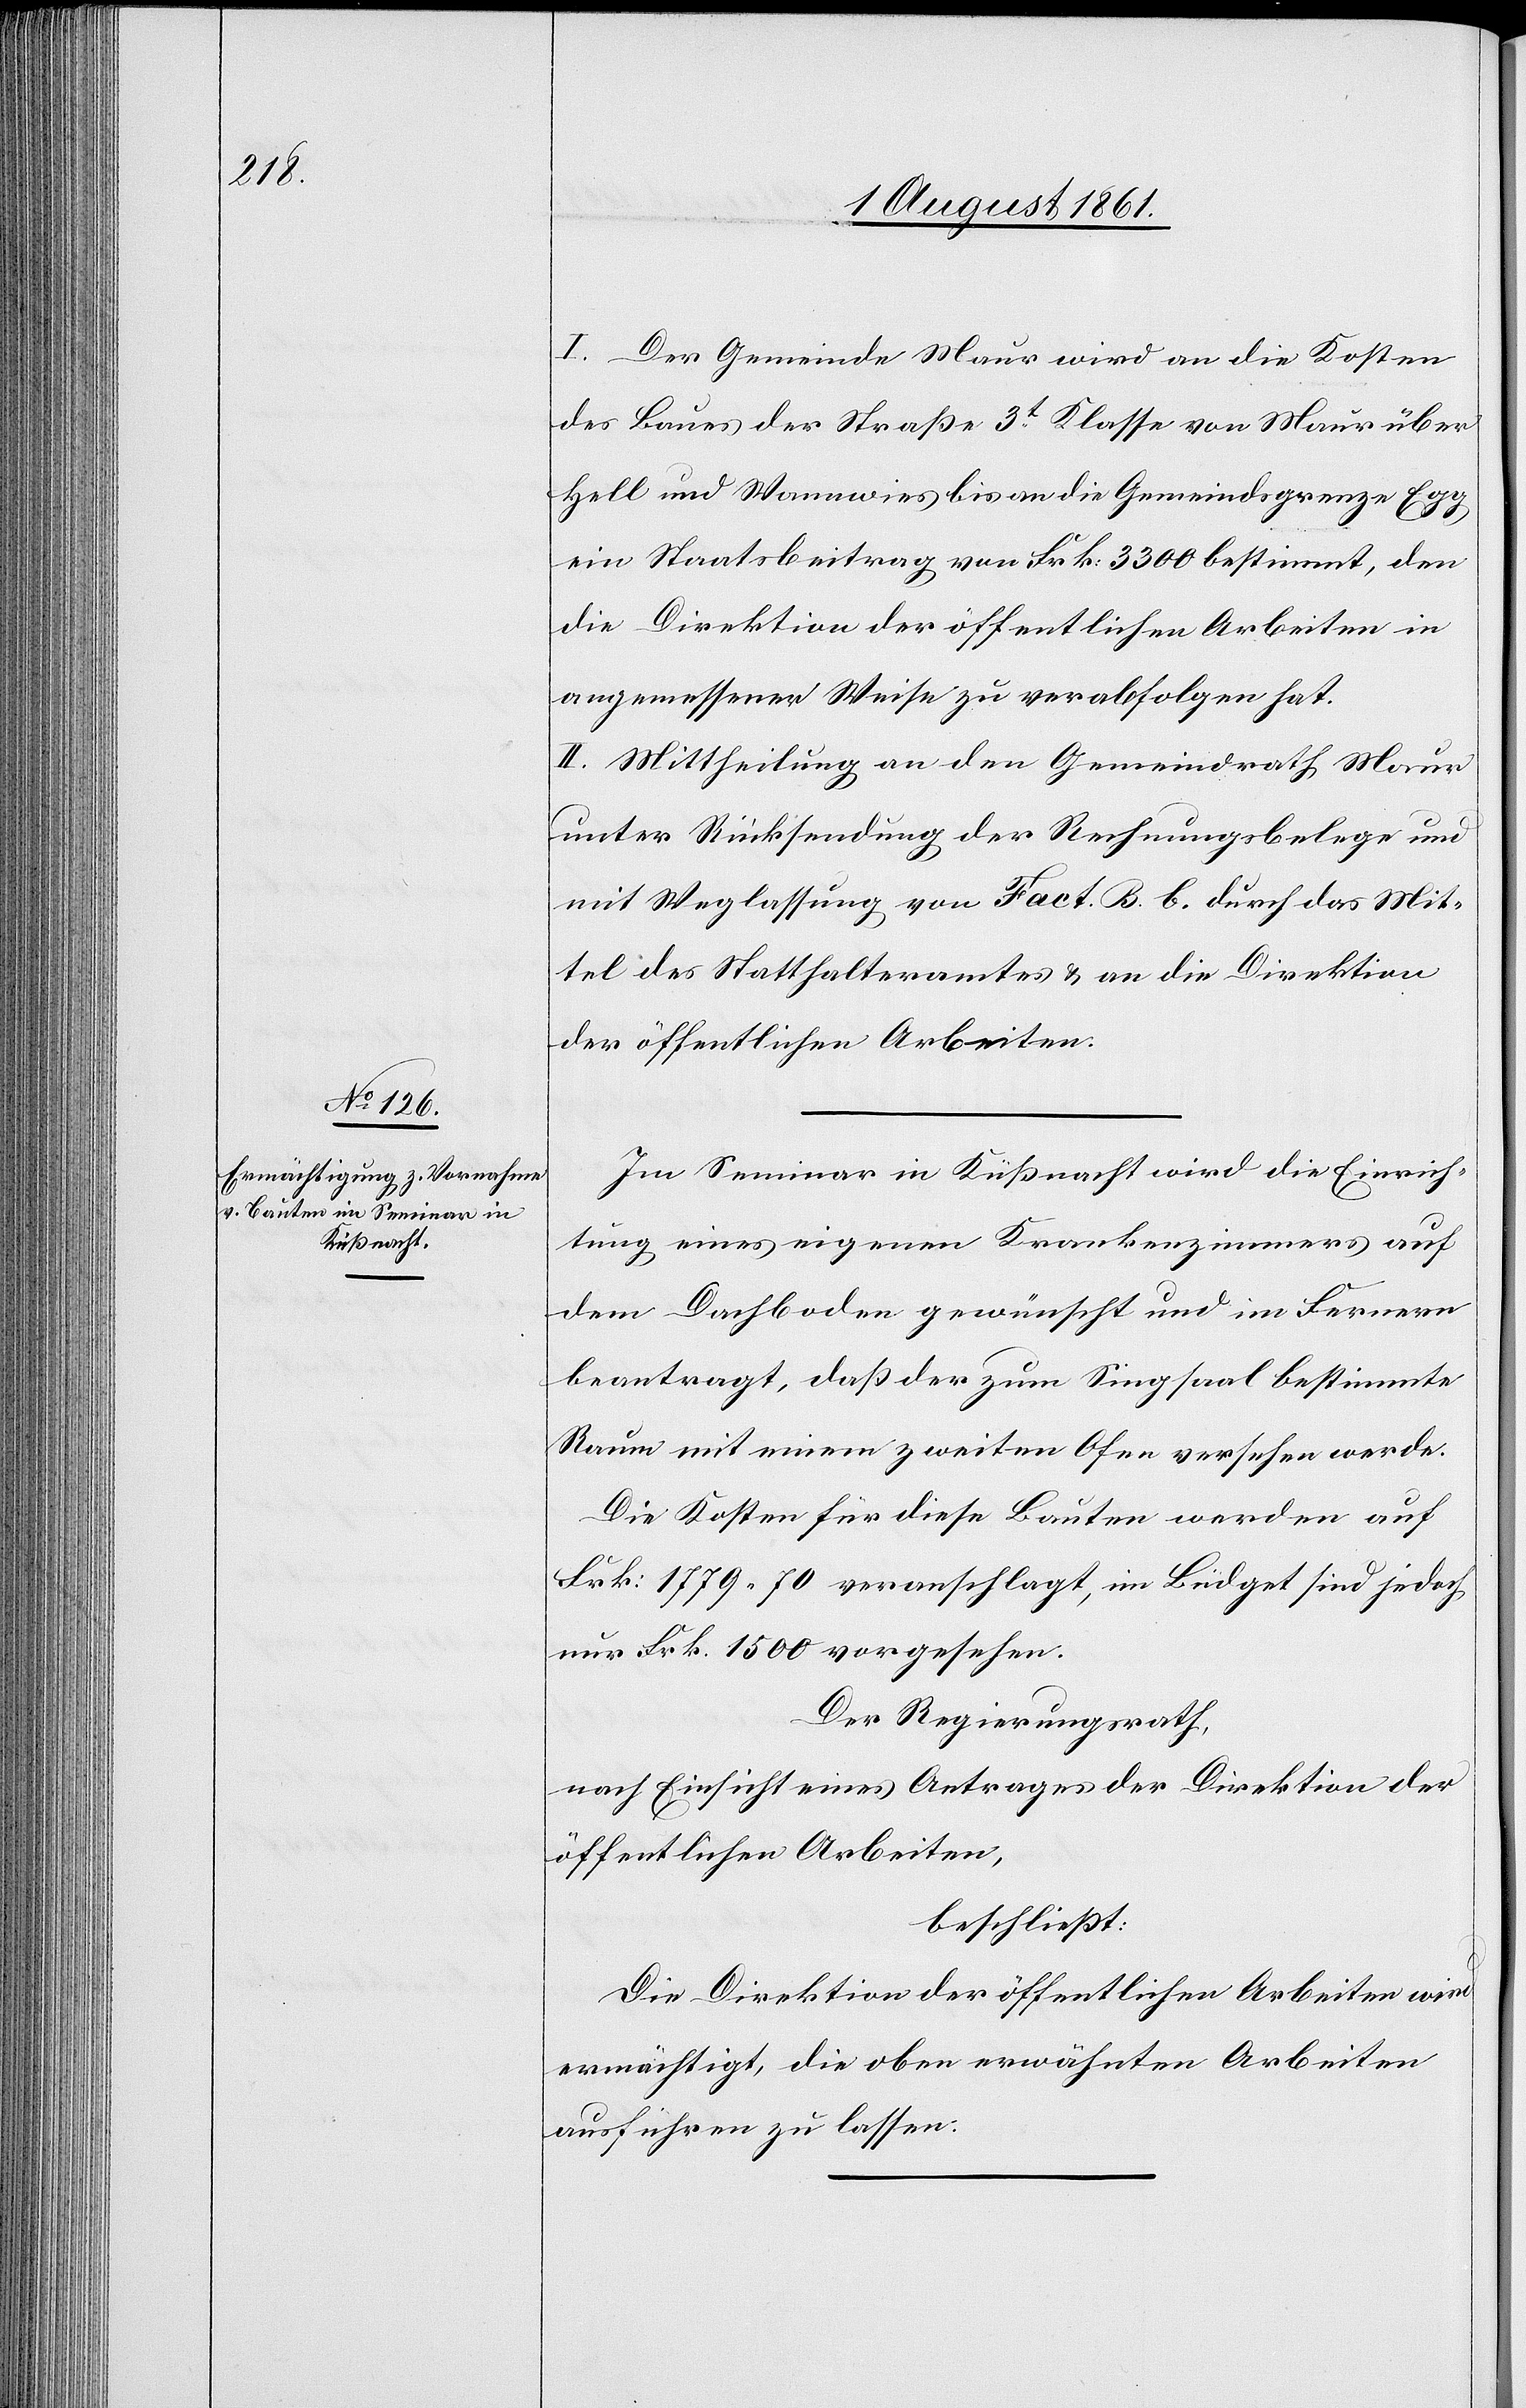
I. Der Gemeinde Maur wird an die Kosten
des Baues der Straße 3t Klasse von Maur über
Hell und Wannwies bis an die Gemeindsgrenze Egg
ein Staatsbeitrag von Frk. 3300 bestimmt, den
die Direktion der öffentlichen Arbeiten in
angemessener Weise zu verabfolgen hat.
II. Mittheilung an den Gemeindrath Maur
unter Rücksendung der Rechnungsbelege und
mit Weglassung von Fact. B. b. durch das Mit¬
tel des Statthalteramtes u. an die Direktion
der öffentlichen Arbeiten.
Im Seminar in Küßnacht wird die Einrich¬
tung eines eigenen Krankenzimmers auf
dem Dachboden gewünscht und im Fernern
beantragt, daß der zum Singsaal bestimmte
Raum mit einem zweiten Ofen versehen werde.
Die Kosten für diese Bauten werden auf
Frk. 1779.70 veranschlagt, im Büdget sind jedoch
nur Frk. 1500 vorgesehen.
Der Regierungsrath,
nach Einsicht eines Antrages der Direktion der
öffentlichen Arbeiten,
beschließt:
Die Direktion der öffentlichen Arbeiten wird
ermächtigt, die oben erwähnten Arbeiten
ausführen zu lassen.